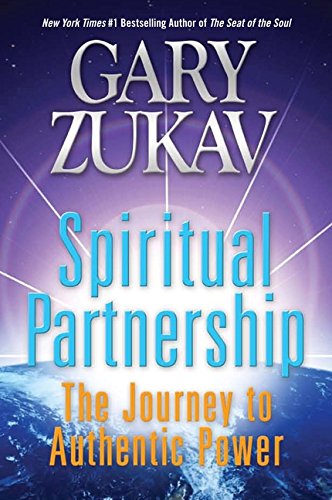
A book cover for Spiritual Partnership: The Journey to Authentic Power; Gary Zukav; Religion & Spirituality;